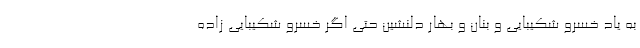
به یاد خسرو شکیبایی و بنان و بهار دلنشین حتی اگر خسرو شکیبایی زاده